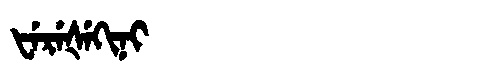
Manchu: ᡶᡝᡵᡝᡧᡝᡴᡳᠨᡳ
Romanization: FEREŠEKINI